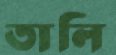
তালি